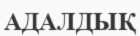
АДАЛДЫҚ